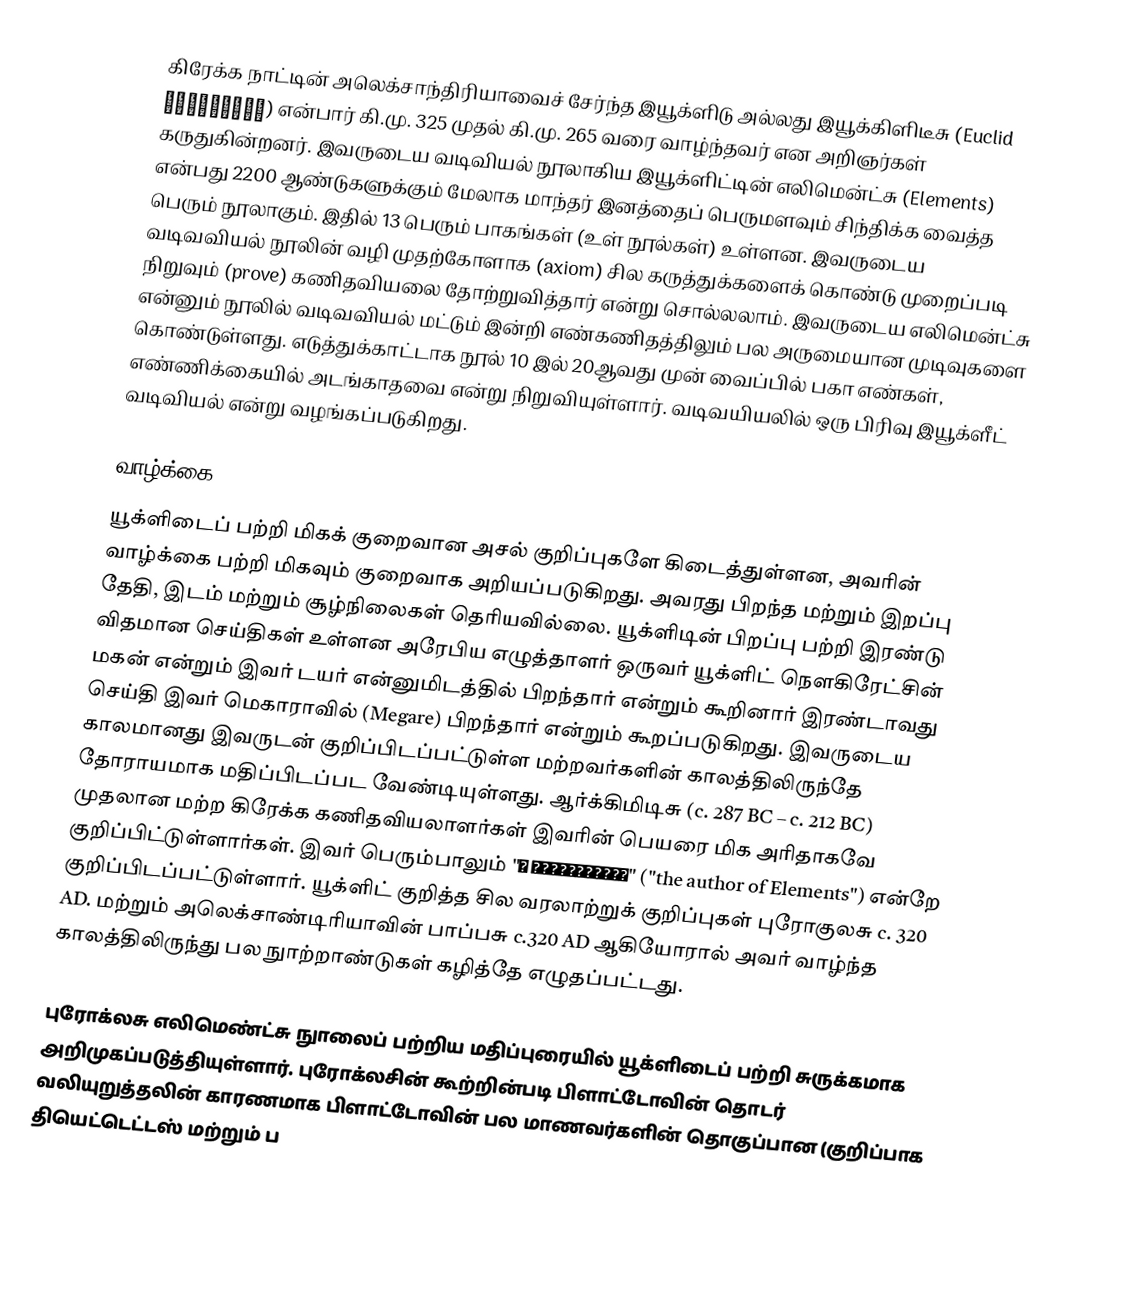
கிரேக்க நாட்டின் அலெக்சாந்திரியாவைச் சேர்ந்த இயூக்ளிடு அல்லது இயூக்கிளிடீசு (Euclid Εὐκλείδης) என்பார் கி.மு. 325 முதல் கி.மு. 265 வரை வாழ்ந்தவர் என அறிஞர்கள் கருதுகின்றனர். இவருடைய வடிவியல் நூலாகிய இயூக்ளிட்டின் எலிமென்ட்சு (Elements) என்பது 2200 ஆண்டுகளுக்கும் மேலாக மாந்தர் இனத்தைப் பெருமளவும் சிந்திக்க வைத்த பெரும் நூலாகும். இதில் 13 பெரும் பாகங்கள் (உள் நூல்கள்) உள்ளன. இவருடைய வடிவவியல் நூலின் வழி முதற்கோளாக (axiom) சில கருத்துக்களைக் கொண்டு முறைப்படி நிறுவும் (prove) கணிதவியலை தோற்றுவித்தார் என்று சொல்லலாம். இவருடைய எலிமென்ட்சு என்னும் நூலில் வடிவவியல் மட்டும் இன்றி எண்கணிதத்திலும் பல அருமையான முடிவுகளை கொண்டுள்ளது. எடுத்துக்காட்டாக நூல் 10 இல் 20ஆவது முன் வைப்பில் பகா எண்கள், எண்ணிக்கையில் அடங்காதவை என்று நிறுவியுள்ளார். வடிவயியலில் ஒரு பிரிவு இயூக்ளீட் வடிவியல் என்று வழங்கப்படுகிறது.

வாழ்க்கை
யூக்ளிடைப் பற்றி மிகக் குறைவான அசல் குறிப்புகளே கிடைத்துள்ளன, அவரின் வாழ்க்கை பற்றி மிகவும் குறைவாக அறியப்படுகிறது. அவரது பிறந்த மற்றும் இறப்பு தேதி, இடம் மற்றும் சூழ்நிலைகள் தெரியவில்லை. யூக்ளிடின் பிறப்பு பற்றி இரண்டு விதமான செய்திகள் உள்ளன அரேபிய எழுத்தாளர் ஒருவர் யூக்ளிட் நௌகிரேட்சின் மகன் என்றும் இவர் டயர் என்னுமிடத்தில் பிறந்தார் என்றும் கூறினார் இரண்டாவது செய்தி இவர் மெகாராவில் (Megare) பிறந்தார் என்றும் கூறப்படுகிறது. இவருடைய காலமானது இவருடன் குறிப்பிடப்பட்டுள்ள மற்றவர்களின் காலத்திலிருந்தே தோராயமாக மதிப்பிடப்பட வேண்டியுள்ளது. ஆர்க்கிமிடிசு (c. 287 BC – c. 212 BC) முதலான மற்ற கிரேக்க கணிதவியலாளர்கள் இவரின் பெயரை மிக அரிதாகவே குறிப்பிட்டுள்ளார்கள். இவர் பெரும்பாலும் "ὁ στοιχειώτης" ("the author of Elements") என்றே குறிப்பிடப்பட்டுள்ளார். யூக்ளிட் குறித்த சில வரலாற்றுக் குறிப்புகள் புரோகுலசு c. 320 AD. மற்றும் அலெக்சாண்டிரியாவின் பாப்பசு c.320 AD ஆகியோரால் அவர் வாழ்ந்த காலத்திலிருந்து பல நுாற்றாண்டுகள் கழித்தே எழுதப்பட்டது.

புரோக்லசு எலிமெண்ட்சு நுாலைப் பற்றிய மதிப்புரையில் யூக்ளிடைப் பற்றி சுருக்கமாக அறிமுகப்படுத்தியுள்ளார். புரோக்லசின் கூற்றின்படி பிளாட்டோவின் தொடர் வலியுறுத்தலின் காரணமாக பிளாட்டோவின் பல மாணவர்களின் தொகுப்பான (குறிப்பாக தியெட்டெட்டஸ் மற்றும் ப